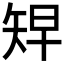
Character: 𥏅